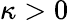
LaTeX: \kappa>0